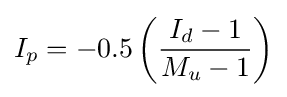
I_{p}=-0.5\left({\frac {I_{d}-1}{M_{u}-1}}\right)